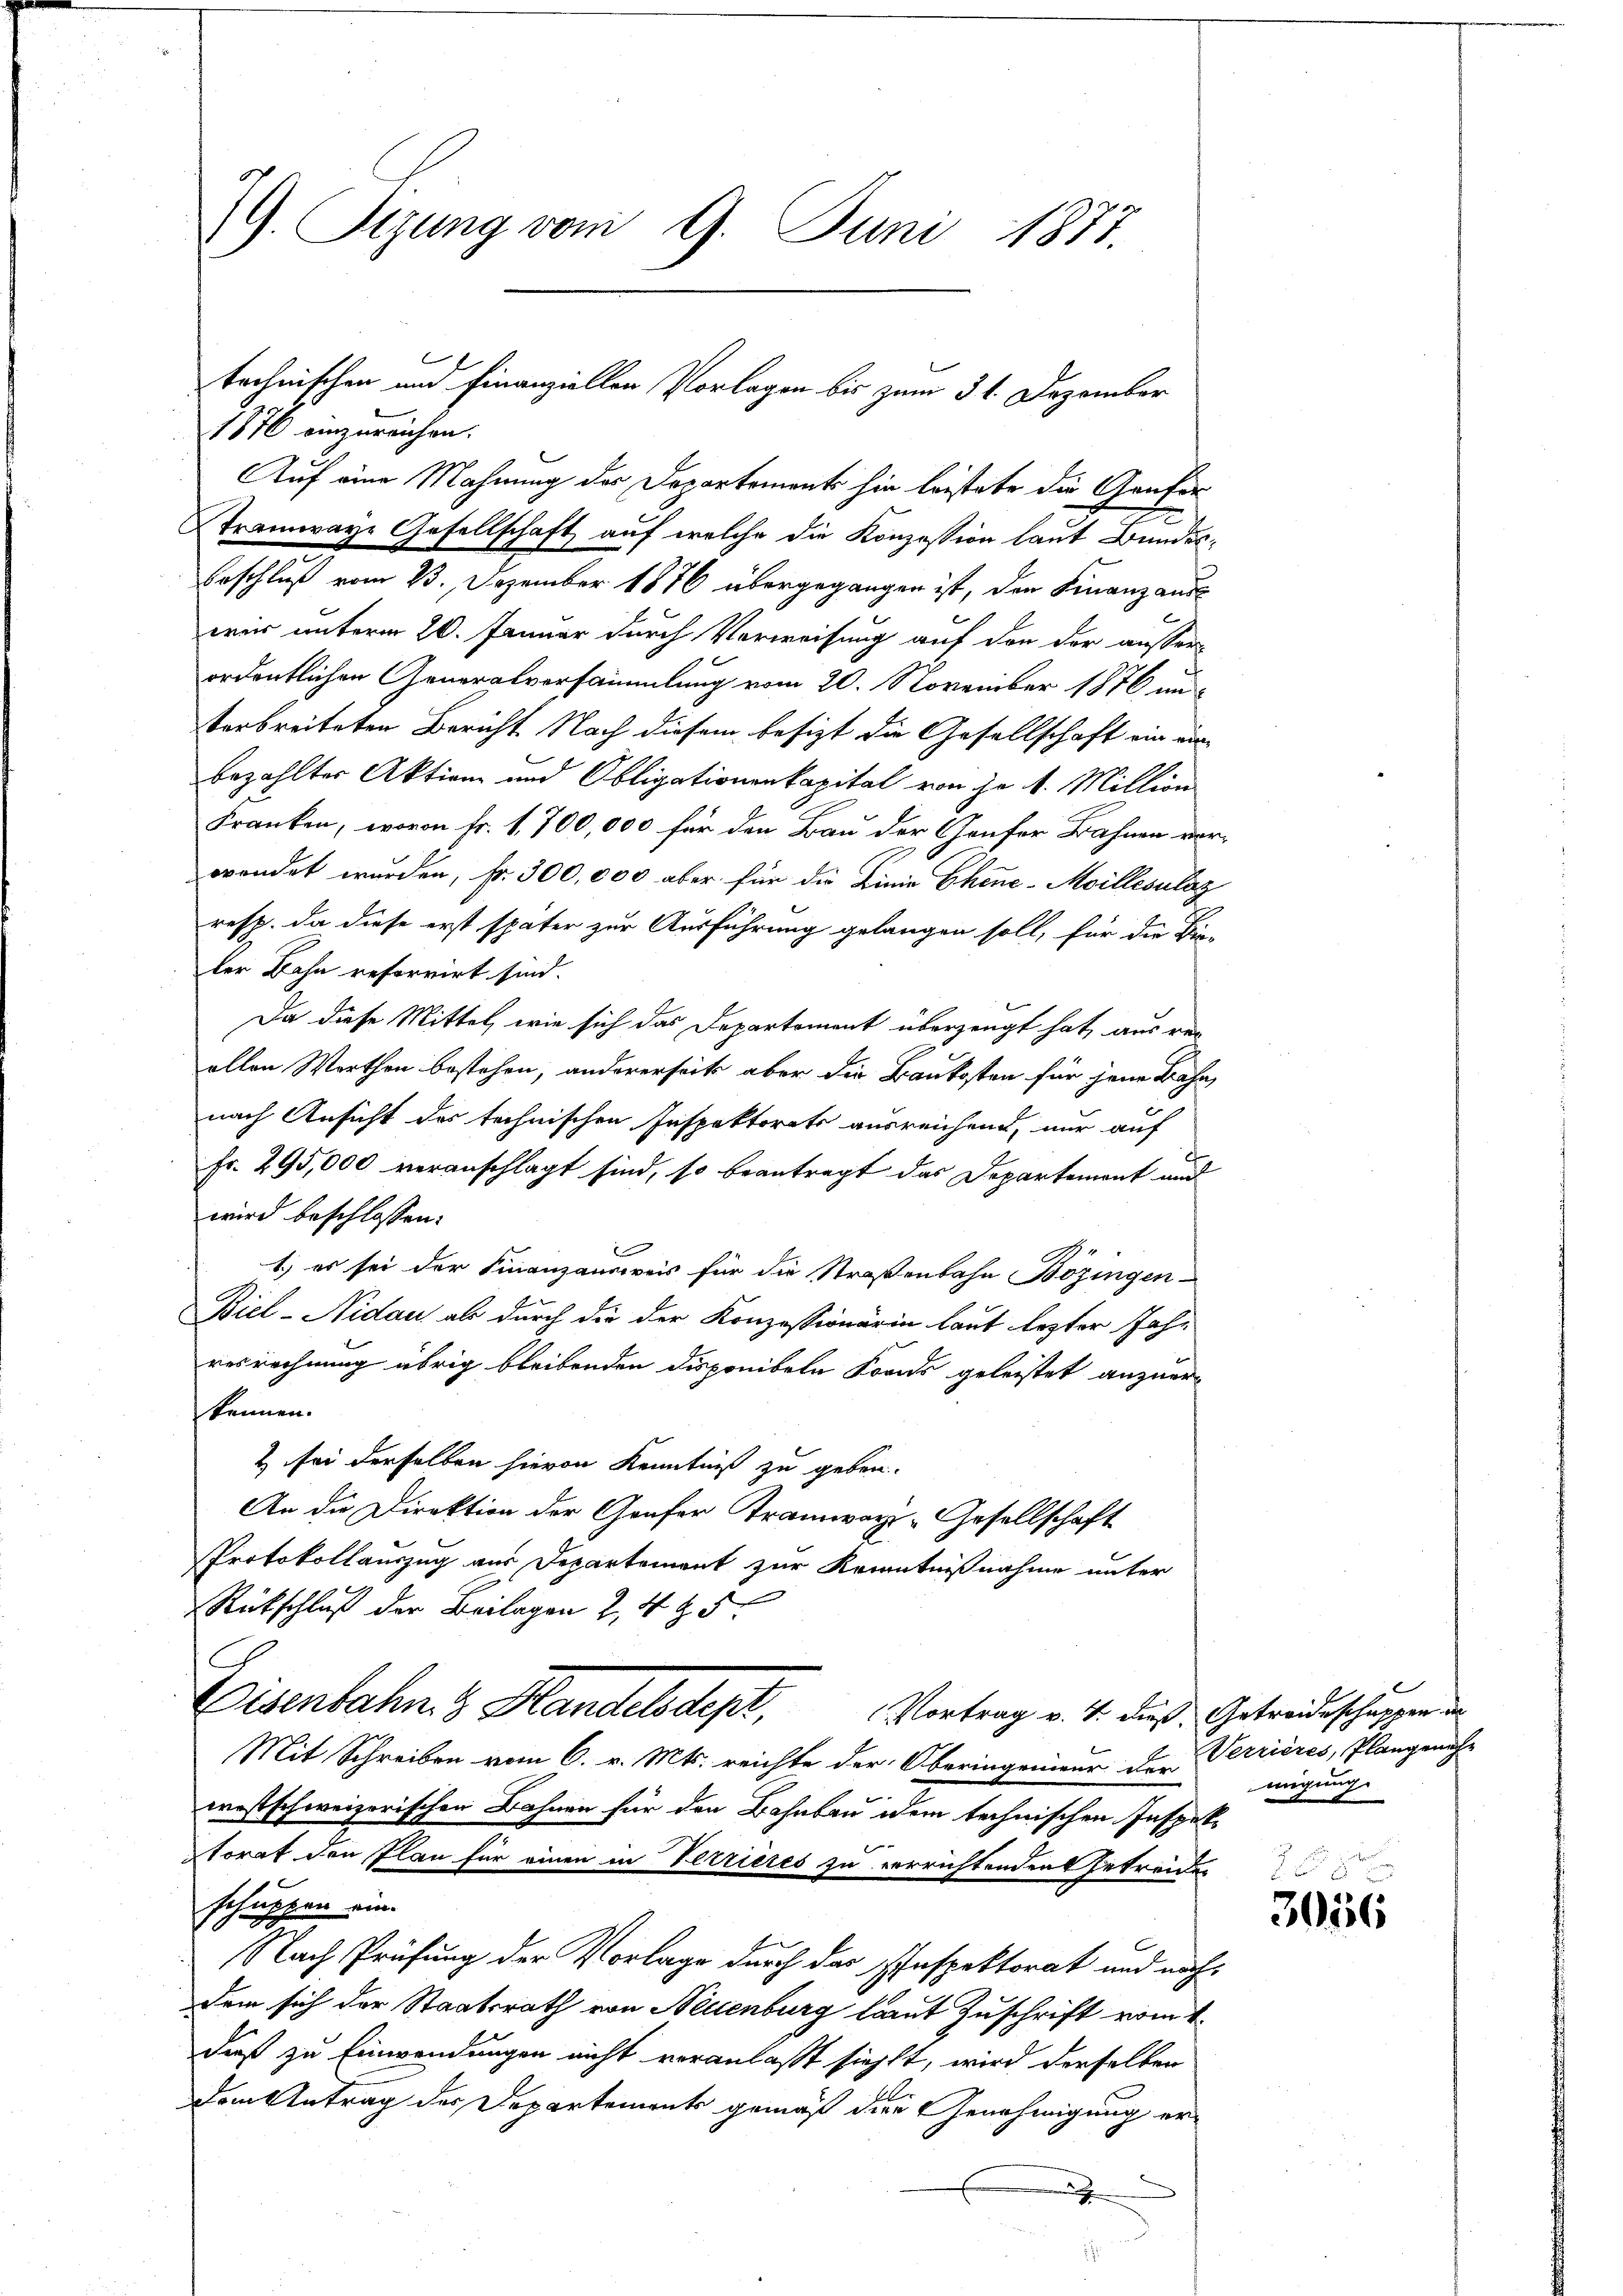
9. Sizung vom 9. Juni 1877.

Auf eine Mahnung des Departements hin leistete die Genfer
Stramwaye Gesellschaft auf welche die Konzession laut Bundes¬
Beschluß vom 23. Dezember 1876 übergegangen ist, den Finanzauswer unterm 20. Januar durch Vorweisung auf den der ausser-
ordentlichen Generalversammlung vom 20. November 1876 un
terbreiteten Bericht Nach diesem besizt die Gesellschaft ein ein-
bezahlter Aktion und Obligationenkapital von je 1. Million
Kranken, wovon Fr. 1,700,000 für den Bau der Genfer Bahnen vor
wendet wurden, fr. 300,000 aber für die Linie Chine-Moillesutaz
resp. da diese erst später zur Ausführung gelangen soll, für die Bie-
ler Bahn reforrirt sind.
Da diese Mittel, wie sich das Departoment überzeugt hat, aus re-
ollen Worthen bestehen, andererseits aber die Baukosten für jene Bahn,
nach Ansicht des technischen Inspektorats ausreichend, nur auf
Fr. 295,000 veranschlagt sind, so beantragt das Departement und
wird beschlossen:
1.) es sei der Finanzausweis für die Straßenbahn Bözingen-
Biel-Nidau als durch die der Konzessionärin laut lezter Jahresrechnung übrig bleibenden disponibeln Fonds geleistet anzuerkennen.
& sei derselben hievon Kenntniß zu geben.
An die Direktion der Grafer Tramway-Gesellschaft
Protokollauszug aus Departement zur Kenntnißnahme unter
Rückschluß der Beilagen 2, 4 § 5
Eisenbahn 3 Handelsdept, Vortrag v. 4. dieß Getreidenschaffen un
Mit Schreiben vom 6. v. Mts. reichte der Oberingenieur der Verrieres, Plangenäch-
westschweizerischen Bahnen für den Bahnbau dem technischen Inspektorat den Plan für einen in Verrieres zu verrichtenden Getreiden
schuppen ein.
Nach Prüfung der Vorlage durch das Einspektorat und nachdem sich der Staatsrath von Neuenburg laut Zuschrift vom 4.
daß zu Einwendungen nicht voranlaßt siehst, wird derselben
dem Antrag der Departements gemäß die Genehmigung er-
u

technischen und Finanziellen Vorlagen bis zum 31. Dezember
1876 einzureichen.

2

migung.

8
3056